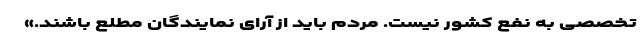
تخصصی به نفع کشور نیست. مردم باید از آرای نمایندگان مطلع باشند.»